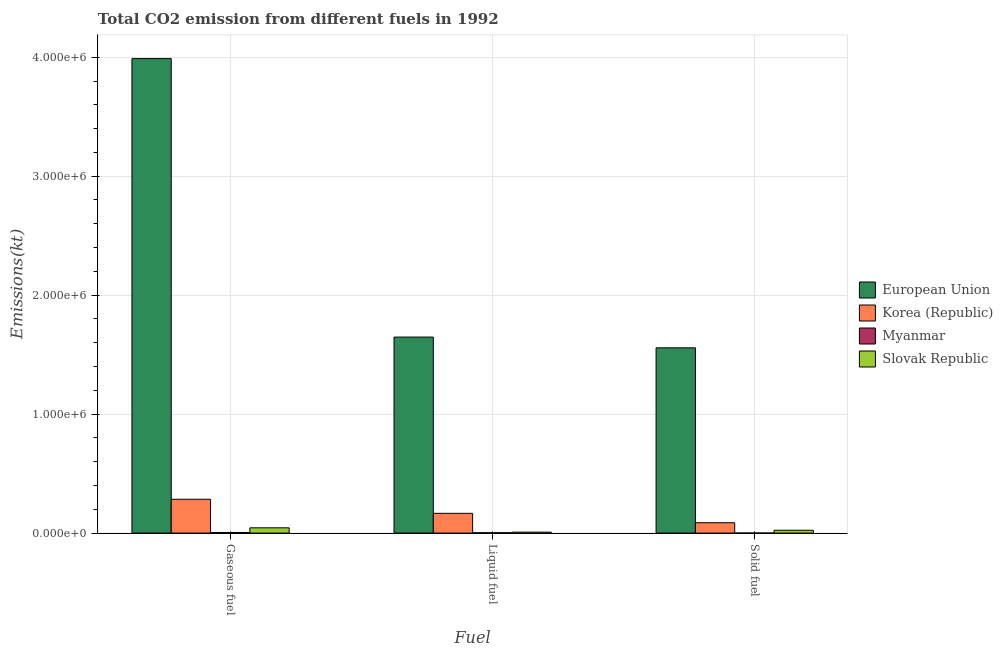
| Fuel | European Union | Korea (Republic) | Myanmar | Slovak Republic |
 | --- | --- | --- | --- | --- |
 | Gaseous fuel | 3.99e+06 | 2.84e+05 | 4.89e+03 | 4.42e+04 |
 | Liquid fuel | 1.65e+06 | 1.66e+05 | 2.91e+03 | 7.73e+03 |
 | Solid fuel | 1.56e+06 | 8.7e+04 | 121 | 2.38e+04 |